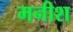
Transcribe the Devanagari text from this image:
मनीश